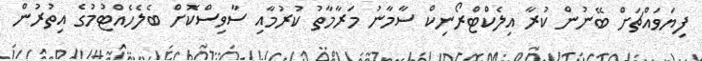
ފިޔަވައްޗަށް ބޭނުން ކުރާ އިލެކްޓްރޯނިކް ސާމާނު މަރާމާތު ކުރުމާއި ސާވިސްކޮށް ބެލެހެއްޓުމުގެ އިތުރުން